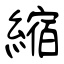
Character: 縮